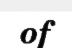
of